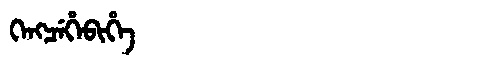
Manchu: ᡴᡝᠩᠴᡝᡥᡝᠪᡳᡥᡝ
Romanization: KENGCEHEBIHE